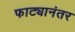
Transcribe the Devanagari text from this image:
फाट्यानंतर